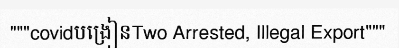
"""covidបង្រៀនTwo Arrested, Illegal Export"""